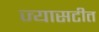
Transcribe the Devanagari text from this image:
ज्यासटीत